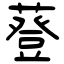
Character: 䔲